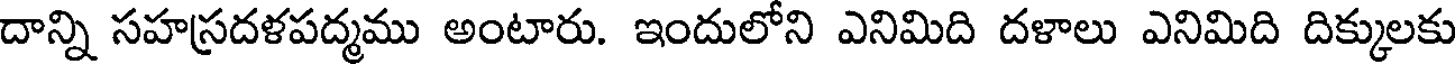
దాన్ని సహస్రదళపద్మము అంటారు. ఇందులోని ఎనిమిది దళాలు ఎనిమిది దిక్కులకు